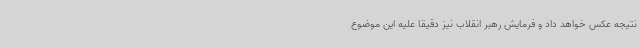
نتیجه عکس خواهد داد و فرمایش رهبر انقلاب نیز دقیقا علیه این موضوع